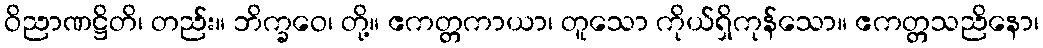
ဝိညာဏဋ္ဌိတိ၊ တည်း။ ဘိက္ခဝေ၊ တို့။ ဧကတ္တကာယာ၊ တူသော ကိုယ်ရှိကုန်သော။ ဧကတ္တသညိနော၊